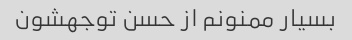
بسیار ممنونم از حسن توجهشون